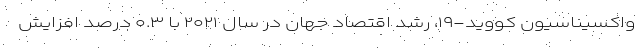
واکسیناسیون کووید-۱۹، رشد اقتصاد جهان در سال ۲۰۲۱ با ۰.۳ درصد افزایش